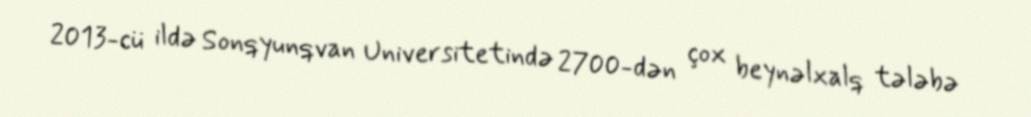
2013-cü ildə Sonqyunqvan Universitetində 2700-dən çox beynəlxalq tələbə